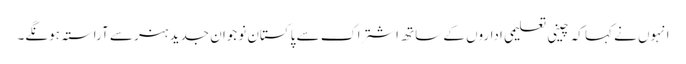
انہوں نے کہا کہ چینی تعلیمی اداروں کے ساتھ اشتراک سے پاکستان نوجوان جدید ہنر سے آراستہ ہونگے۔